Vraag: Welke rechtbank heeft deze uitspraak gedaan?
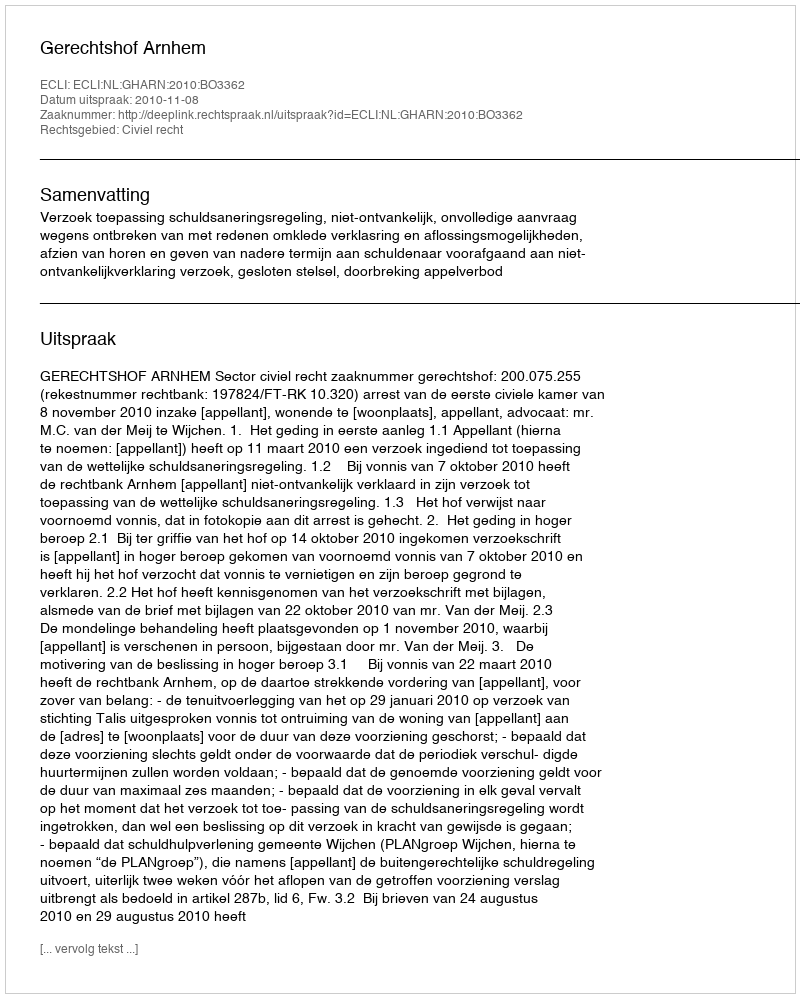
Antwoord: Gerechtshof Arnhem